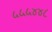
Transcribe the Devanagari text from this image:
५५५४४८